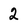
Character: 2